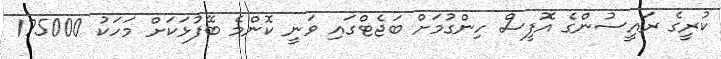
ކުރީގެ ރައީސުންގެ އޮފީސް ހިންގުމަށް ބަޖެޓްގައި ވަނީ ކޮންމެ ބޭފުޅަކަށް މަހަކު 175000